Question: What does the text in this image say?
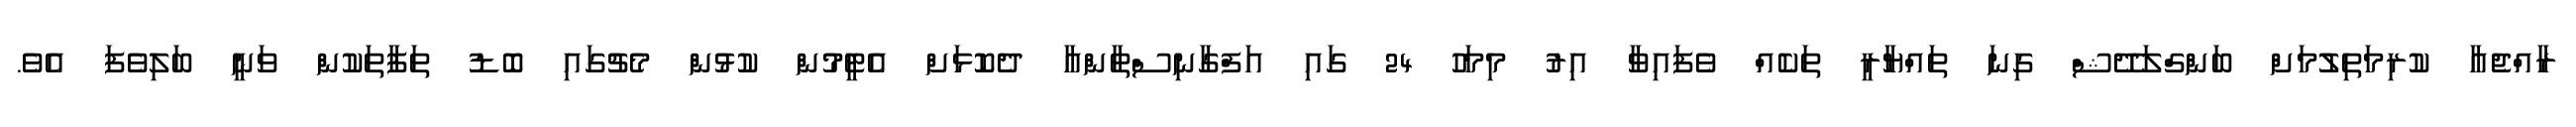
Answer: ރާއްޖެއާ ކުރިމަތިލުމަށް ބަންގްލަދޭޝް ގިނަ ތައްޔާރީ ތަކެއް ވެފައިވާ އިރު މިމަހު 24 ގައި އަފްގާނިސްތާންއާ ދެކޮޅަށް އެޓީމުން ކުޅުން މެޗުގައި ބޮޑު ތަފާތަކުން ވަނީ ބަލިވެފަ އެވެ.